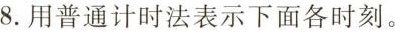
8.用普通计时法表示下面各时刻。